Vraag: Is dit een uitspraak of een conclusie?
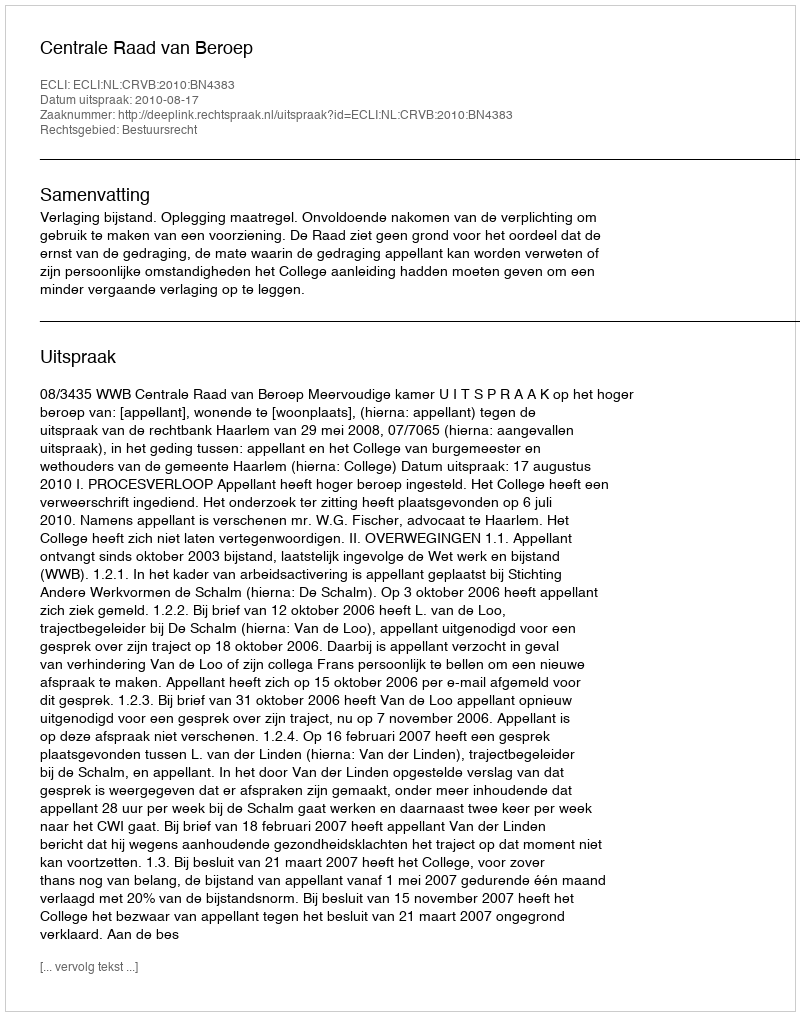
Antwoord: Uitspraak